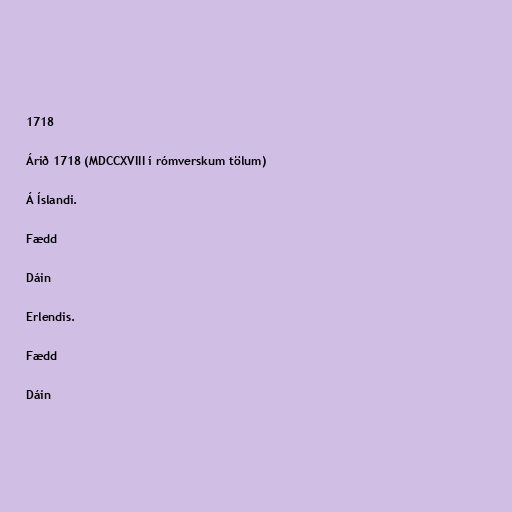
1718

Árið 1718 (MDCCXVIII í rómverskum tölum)

Á Íslandi.

Fædd

Dáin

Erlendis.

Fædd

Dáin